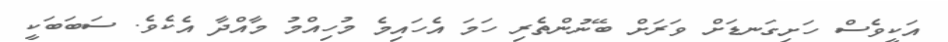
އަކީވެސް ހަށިގަނޑަށް ވަރަށް ބޭނުންތެރި ހަމަ އެހައިމެ މުހިއްމު މާއްދާ އެކެވެ. ސަބަބަކީ